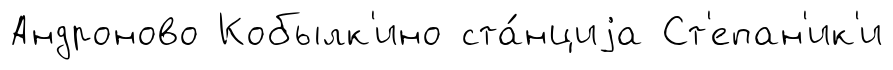
Андроново Кобылк'ино ста́нциjа Ст'епан'ик'и